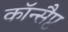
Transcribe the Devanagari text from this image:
कॉन्सैप्ट